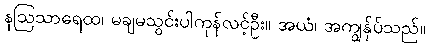
နဩသာရေထ၊ မချမသွင်းပါကုန်လင့်ဦး။ အယံ၊ အကျွန်ုပ်သည်။